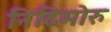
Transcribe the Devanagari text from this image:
निदिमोरु